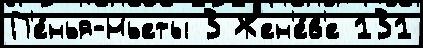
П'е́нья-Ньеты 3 Жен'е́в'е 131